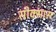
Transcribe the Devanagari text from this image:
सीक्सास